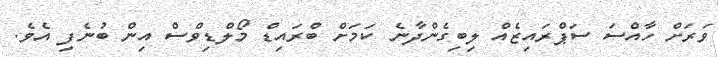
ވަރަށް ހާއްސަ ސަޕްރައިޒެއް ލިބިގެންދާނެ ކަމަށް ބްރައިޑް މޯލްޑިވްސް އިން ބުނެފި އެވެ.